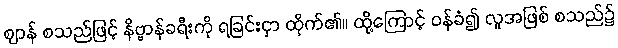
ဈာန် စသည်ဖြင့် နိဗ္ဗာန်ခရီးကို ရခြင်းငှာ ထိုက်၏။ ထို့ကြောင့် ဝန်ခံ၍ လူအဖြစ် စသည်၌